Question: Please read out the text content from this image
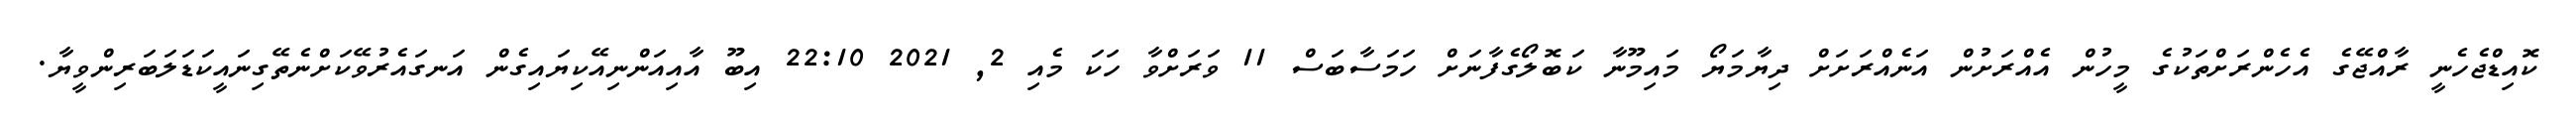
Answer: ކޮއިޑްޖެހެނީ ރާއްޖޭގެ އެހެންރަށްތަކުގެ މީހުން އެއްރަށުން އަނެއްރަށަށް ދިޔާމަޔޯ މައިމޫނާ ކަބޮލޯގެފާނަށް ހަމަސާބަސް 11 ވަރަށްވާ ހަކަ މެއި 2, 2021 22:10 އިބޫ އާއިއަންނިއޭކިޔައިގެން އަނގައެރުވޭކަށްނެތޭގިނައީކަޑަލަބަރިންވީޔާ.